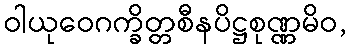
ဝါယုဝေဂက္ခိတ္တစီနပိဋ္ဌစုဏ္ဏမိဝ,